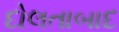
દોલતાબાદ